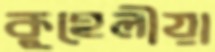
কুহেলীয়া